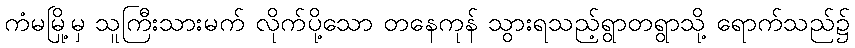
ကံမမြို့မှ သူကြီးသားမက် လိုက်ပို့သော တနေကုန် သွားရသည့်ရွာတရွာသို့ ရောက်သည်၌